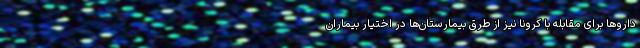
داروها برای مقابله با کرونا نیز از طرق بیمارستان‌ها در اختیار بیماران